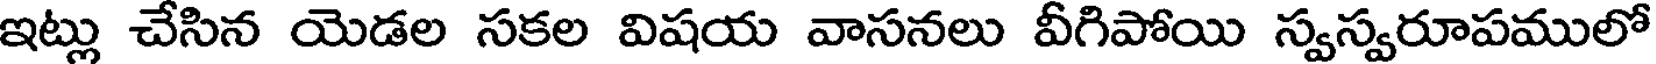
ఇట్లు చేసిన యెడల సకల విషయ వాసనలు వీగిపోయి స్వస్వరూపములో